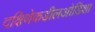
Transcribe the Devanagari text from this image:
दक्षिणेकडीलओडिशा